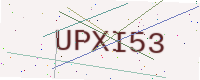
Text: UPXI53